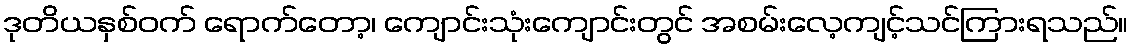
ဒုတိယနှစ်ဝက် ရောက်တော့၊ ကျောင်းသုံးကျောင်းတွင် အစမ်းလေ့ကျင့်သင်ကြားရသည်။